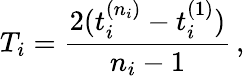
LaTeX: T_{i}=\frac{2(t_{i}^{(n_{i})}-t_{i}^{(1)})}{n_{i}-1}\, ,